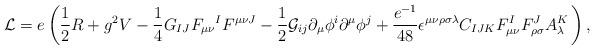
LaTeX: \begin{align*}{\cal L}=e\left( {\frac{1}{2}}R+g^{2}V-{\frac{1}{4}}G_{IJ}F_{\mu \nu}{}^{I}F^{\mu \nu J}-{\frac{1}{2}}{\cal G}_{ij}\partial _{\mu }\phi^{i}\partial ^{\mu }\phi ^{j}+{\frac{e^{-1}}{48}}\epsilon ^{\mu \nu \rho\sigma \lambda }C_{IJK}F_{\mu \nu }^{I}F_{\rho \sigma }^{J}A_{\lambda}^{K}\,\right) , \end{align*}